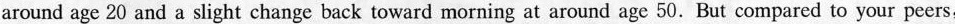
around age 20 and a slight change back toward morning at around age 50. But compared to your peers,